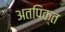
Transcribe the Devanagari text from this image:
अतपिक्त